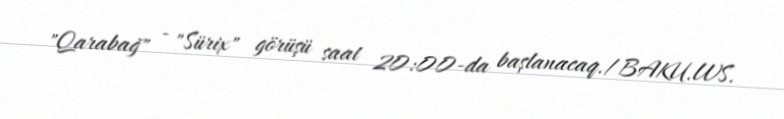
"Qarabağ" - "Sürix" görüşü saat 20:00-da başlanacaq./BAKU.WS.